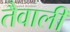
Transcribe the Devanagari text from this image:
तैवाली